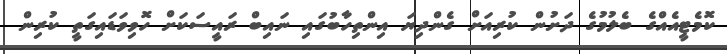
ކޮމެޓީއެއްގެ ބެލުމުގެ ދަށުން ކުރިއަށް ގެންދިޔަ އިންތިހާބުގައި ނައިބް ރައީސަކަށް ހޮވިވަޑައިގަތީ ކުރިން